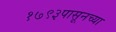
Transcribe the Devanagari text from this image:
१७९३पासूनच्या